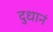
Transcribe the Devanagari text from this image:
दुधानं